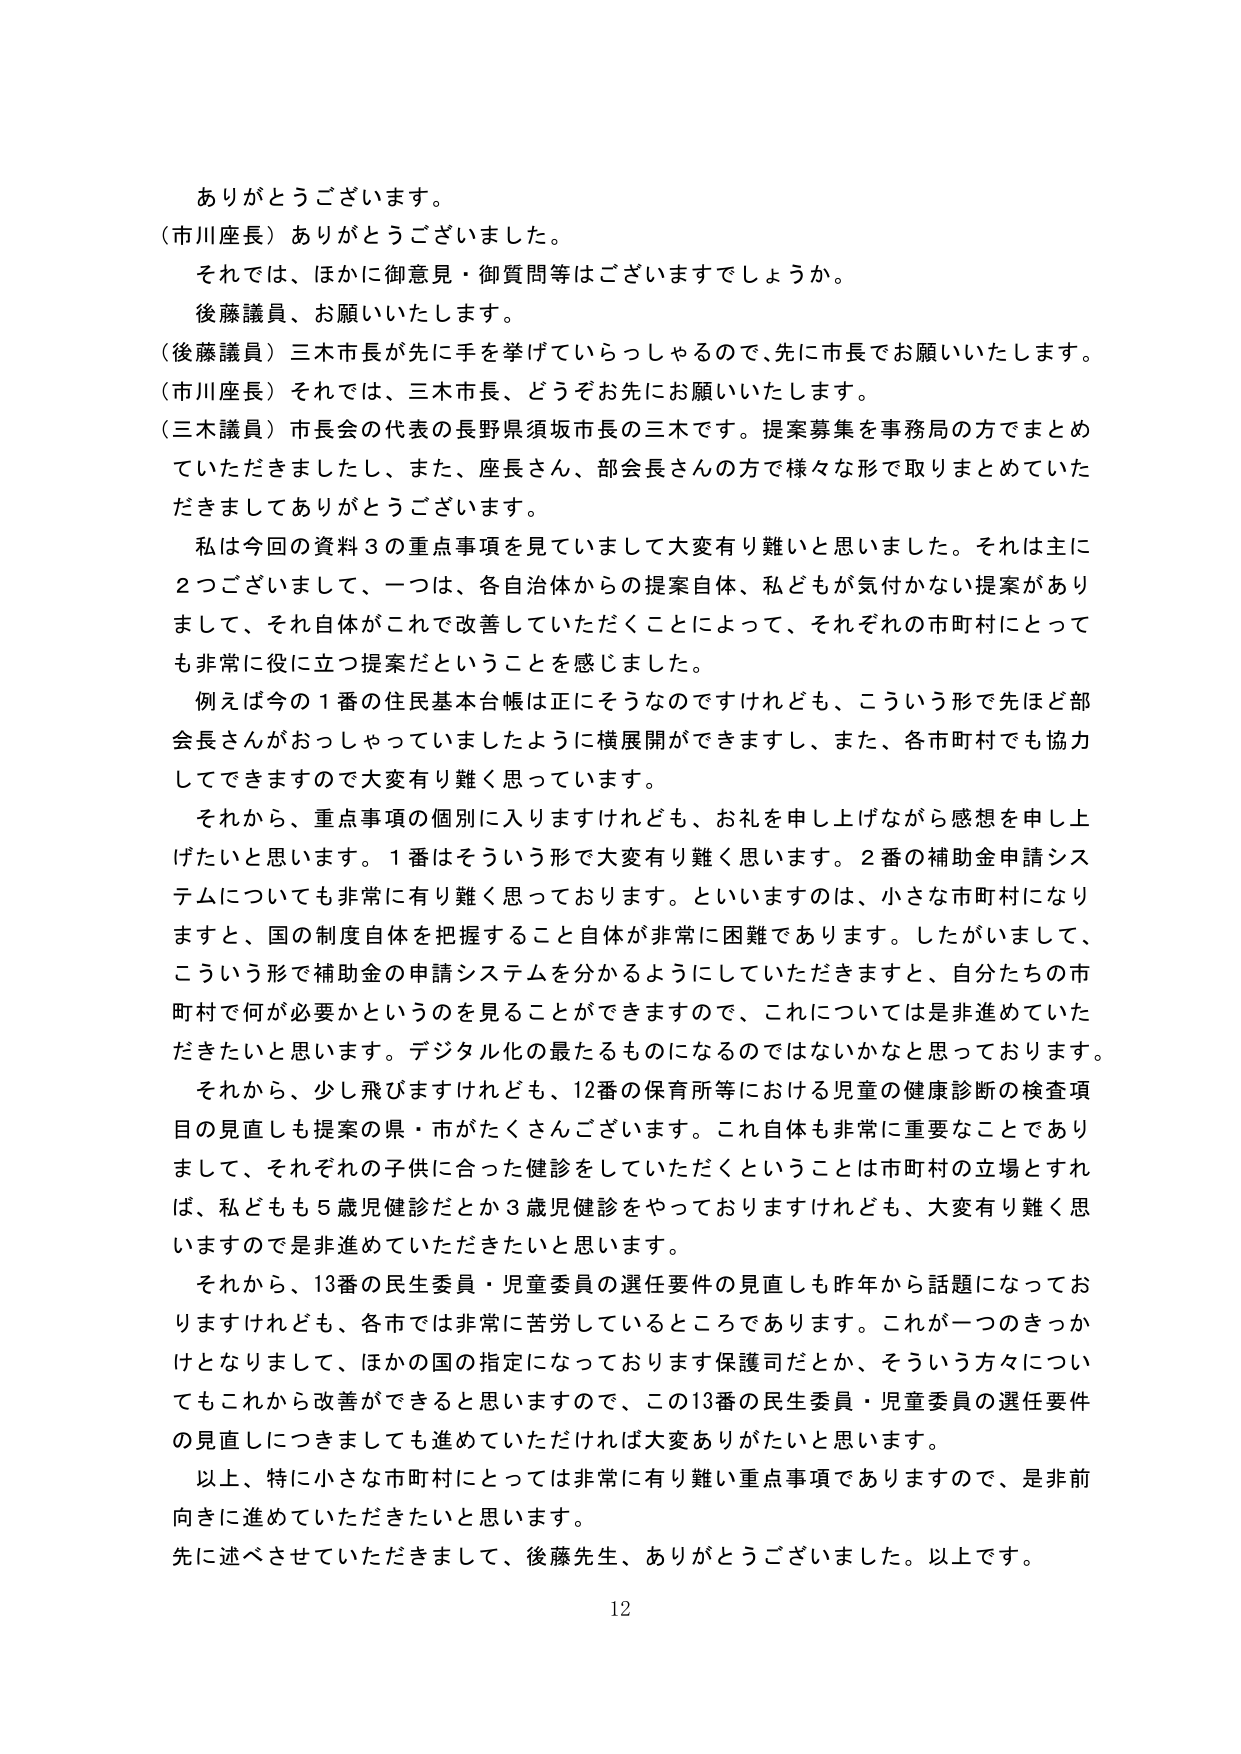
ありがとうございます。
（市川座長）ありがとうございました。
それでは、ほかに御意見・御質問等はございますでしょうか。
後藤議員、お願いいたします。
（後藤議員）三木市長が先に手を挙げていらっしゃるので、先に市長でお願いいたします。
（市川座長）それでは、三木市長、どうぞお先にお願いいたします。
（三木議員）市長会の代表の長野県須坂市長の三木です。提案募集を事務局の方でまとめ
ていただきましたし、また、座長さん、部会長さんの方で様々な形で取りまとめていた
だきましてありがとうございます。
私は今回の資料３の重点事項を見ていまして大変有り難いと思いました。それは主に
２つございまして、一つは、各自治体からの提案自体、私どもが気付かない提案があり
まして、それ自体がこれで改善していただくことによって、それぞれの市町村にとって
も非常に役に立つ提案だということを感じました。
例えば今の１番の住民基本台帳は正にそうなのですけれども、こういう形で先ほど部
会長さんがおっしゃっていましたように横展開ができますし、また、各市町村でも協力
してできますので大変有り難く思っています。
それから、重点事項の個別に入りますけれども、お礼を申し上げながら感想を申し上
げたいと思います。１番はそういう形で大変有り難く思います。２番の補助金申請シス
テムについても非常に有り難く思っております。といいますのは、小さな市町村になり
ますと、国の制度自体を把握すること自体が非常に困難であります。したがいまして、
こういう形で補助金の申請システムを分かるようにしていただきますと、自分たちの市
町村で何が必要かというのを見ることができますので、これについては是非進めていた
だきたいと思います。デジタル化の最たるものになるのではないかと思っております。
それから、少し飛びますけれども、12番の保育所等における児童の健康診断の検査項
目の見直しも提案の県・市がたくさんございます。これ自体も非常に重要なことであり
まして、それぞれの子供に合った健診をしていただくということは市町村の立場とすれ
ば、私どもも５歳児健診だとか３歳児健診をやっておりますけれども、大変有り難く思
いますので是非進めていただきたいと思います。
それから、13番の民生委員・児童委員の選任要件の見直しも昨年から話題になってお
りますけれども、各市では非常に苦労しているところであります。これが一つのきっか
けとなりまして、ほかの国の指定になっております保護司だとか、そういう方々につい
てもこれから改善ができると思いますので、この13番の民生委員・児童委員の選任要件
の見直しにつきましても進めていただければ大変ありがたいと思います。
以上、特に小さな市町村にとっては非常に有り難い重点事項でありますので、是非前
向きに進めていただきたいと思います。
先に述べさせていただきました、後藤先生、ありがとうございました。以上です。
12